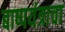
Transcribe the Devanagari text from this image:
बाष्पयंत्राचा